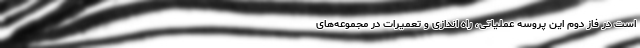
است در فاز دوم این پروسه عملیاتی، راه اندازی و تعمیرات در مجموعه‌های